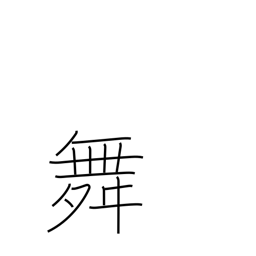
Meaning: dance